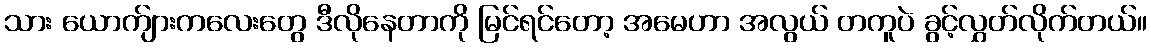
သား ယောက်ျားကလေးတွေ ဒီလိုနေတာကို မြင်ရင်တော့ အမေဟာ အလွယ် တကူပဲ ခွင့်လွှတ်လိုက်တယ်။